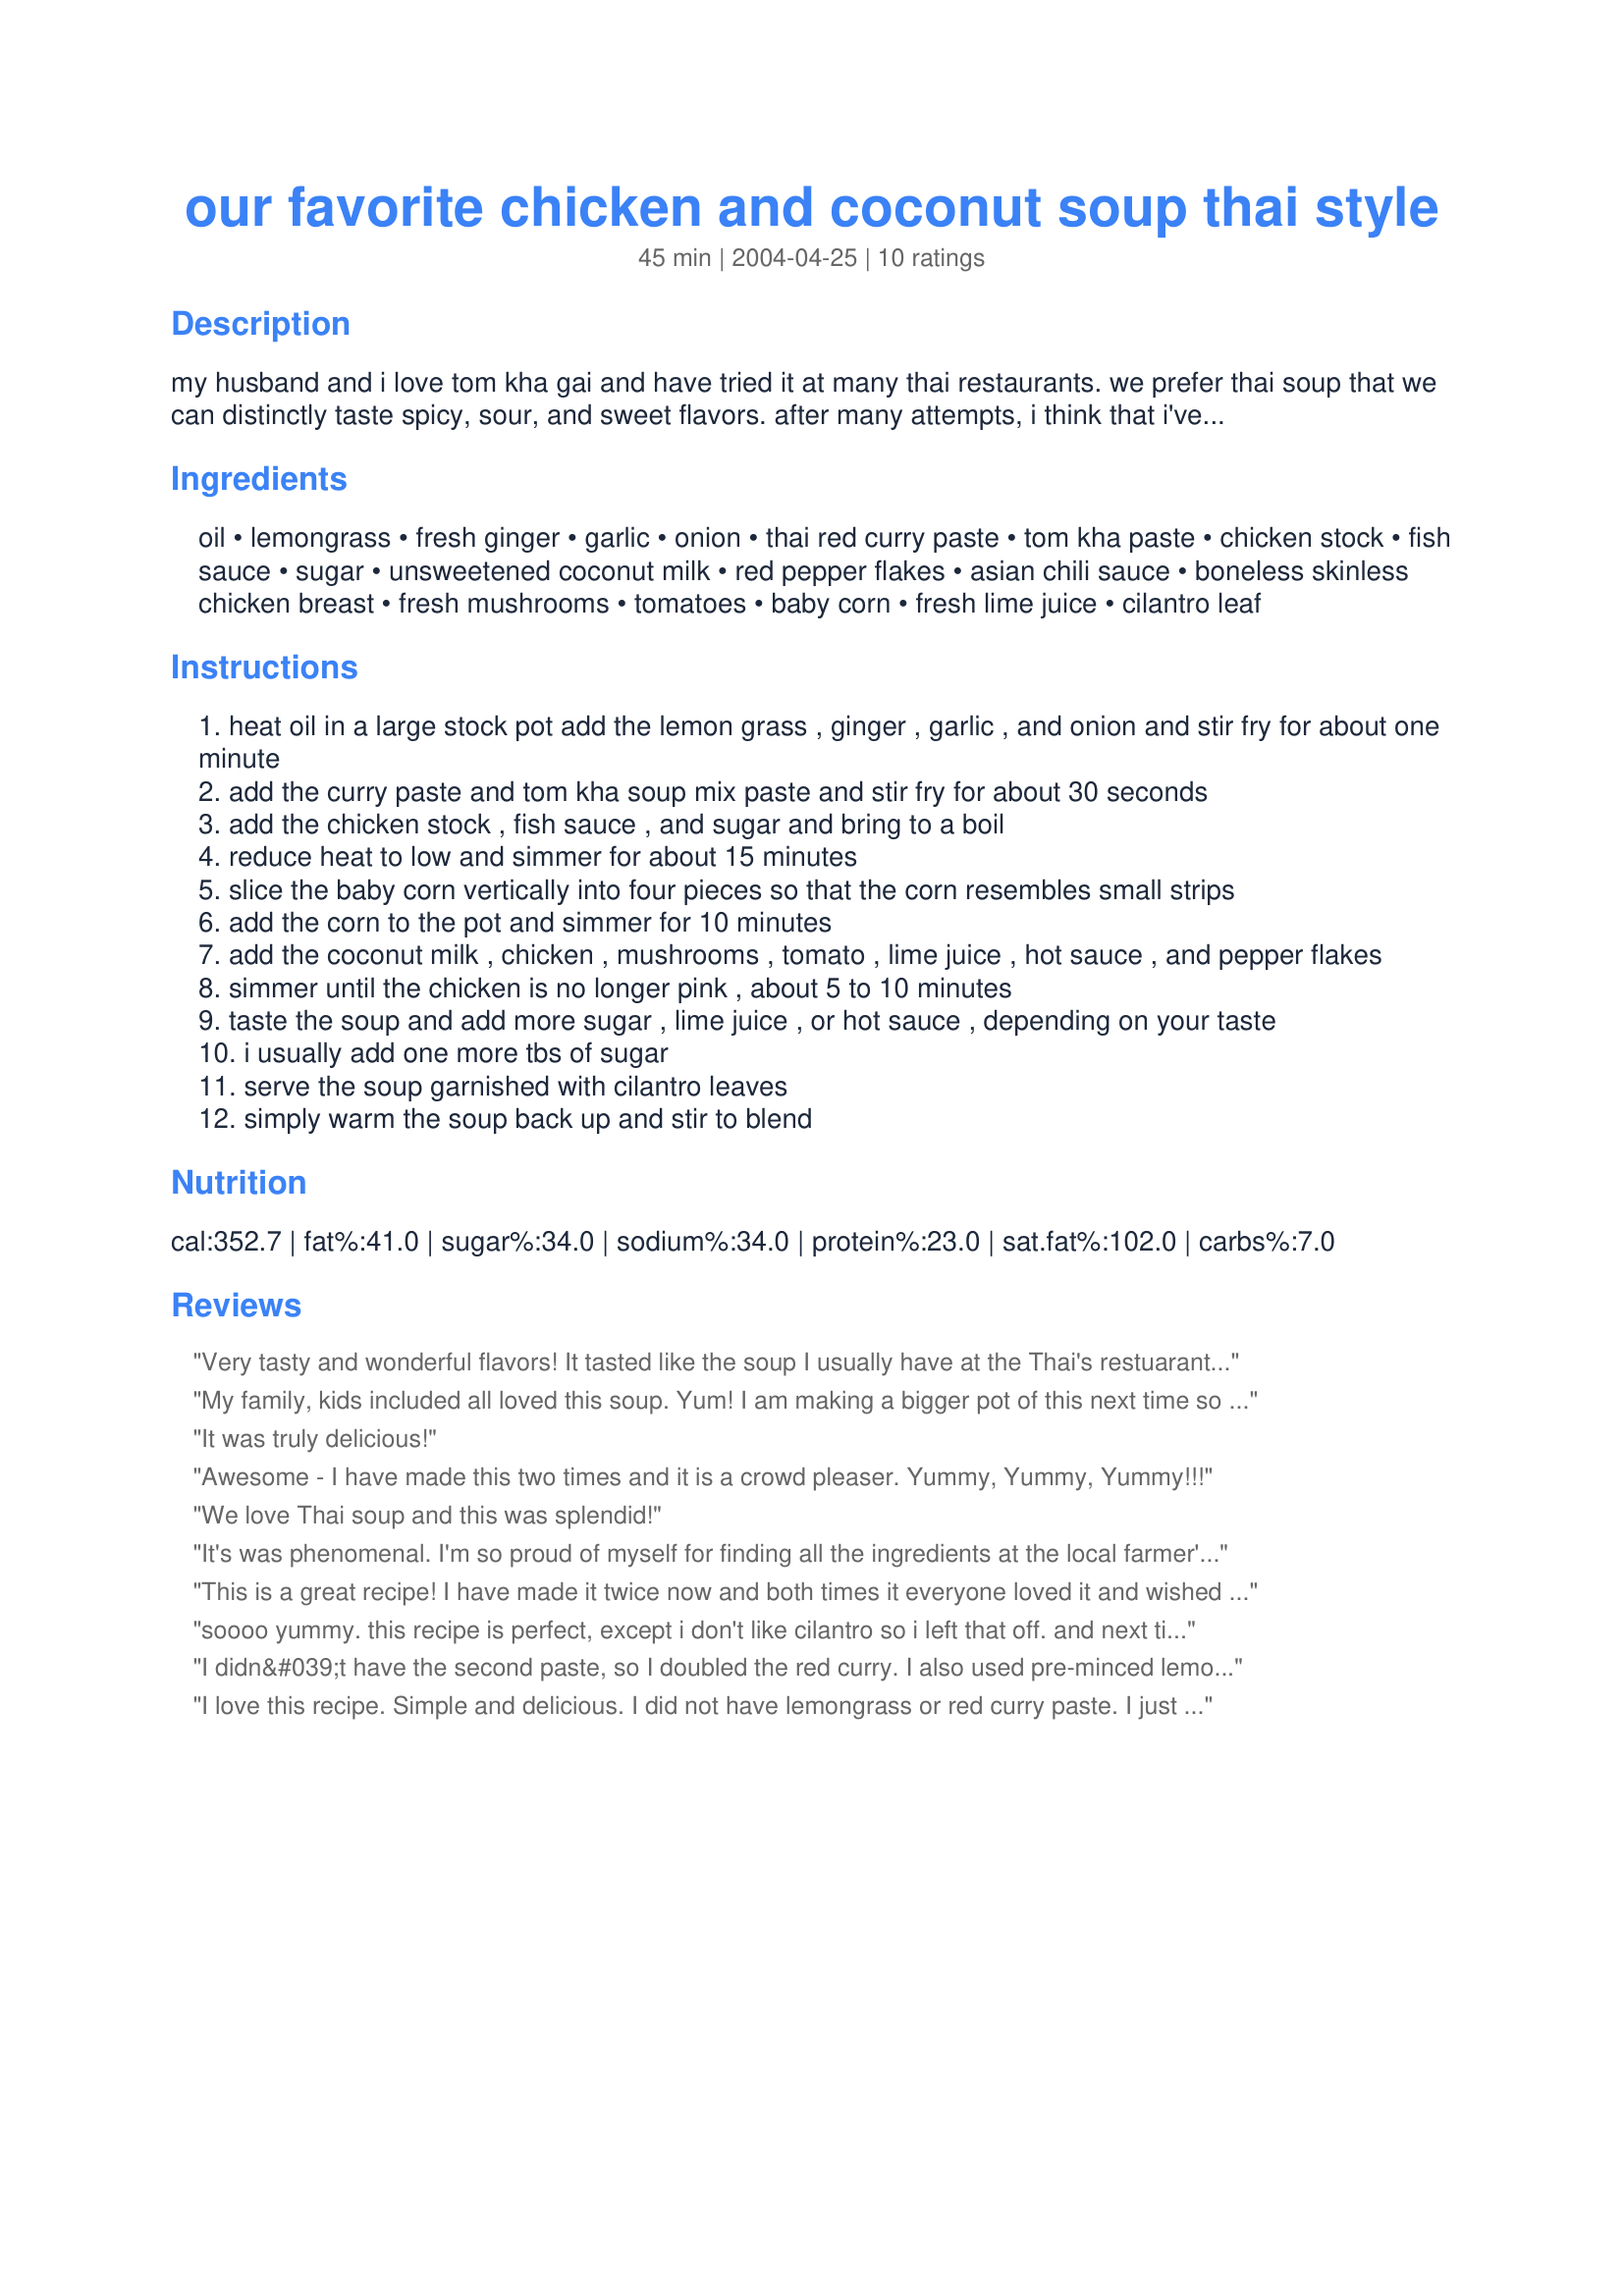
our favorite chicken and coconut soup thai style
Preparation time: 45 minutes

my husband and i love tom kha gai and have tried it at many thai restaurants. we prefer thai soup that we can distinctly taste spicy, sour, and sweet flavors. after many attempts, i think that i've finally come up with a really good recipe. i started with a recipe from the

Ingredients:
oil, lemongrass, fresh ginger, garlic, onion, thai red curry paste, tom kha paste, chicken stock, fish sauce, sugar, unsweetened coconut milk, red pepper flakes, asian chili sauce, boneless skinless chicken breast, fresh mushrooms, tomatoes, baby corn, fresh lime juice, cilantro leaf

Steps:
heat oil in a large stock pot add the lemon grass , ginger , garlic , and onion and stir fry for about one minute
add the curry paste and tom kha soup mix paste and stir fry for about 30 seconds
add the chicken stock , fish sauce , and sugar and bring to a boil
reduce heat to low and simmer for about 15 minutes
slice the baby corn vertically into four pieces so that the corn resembles small strips
add the corn to the pot and simmer for 10 minutes
add the coconut milk , chicken , mushrooms , tomato , lime juice , hot sauce , and pepper flakes
simmer until the chicken is no longer pink , about 5 to 10 minutes
taste the soup and add more sugar , lime juice , or hot sauce , depending on your taste
i usually add one more tbs of sugar
serve the soup garnished with cilantro leaves
simply warm the soup back up and stir to blend

Reviews:
Very tasty and wonderful flavors! It tasted like the soup I usually have at the Thai's restuarants. I followed everything as stated except: I did not minced the lemongrass(it was too hard), and I left out the tomatoes. I cut the lemongrass stalk in fourth so it was easily fish out. I had a difficult time attempting to mince the lemongrass so I just gave up. The receipt was very easy to follow. I had a lot of the ingredients on hand so it was effortless to cook them. It would be a challenge to find the ingredients if you don't live near an Asian grocery store. Thank you for sharing your receipt.
My family, kids included all loved this soup. Yum! I am making a bigger pot of this next time so there will be some left over for my lunch.

Even though I couldn't find the tom kha paste, tom yum paste or thai red curry the soup still had a great flavor. I also left our the baby corn(too expensive here) and tomato (so all the kids would eat it.) I served my portion piping hot over a bowl full of fresh spinach. It was delicious. We will be making this often. Thanks beckas.
It was truly delicious!
Awesome - I have made this two times and it is a crowd pleaser. Yummy, Yummy, Yummy!!!
We love Thai soup and this was splendid!
It's was phenomenal. I'm so proud of myself for finding all the ingredients at the local farmer's market! Everyone gave me a "High Five" for serving this for dinner. Wonderful recipe, indeed!
This is a great recipe! I have made it twice now and both times it everyone loved it and wished there had been more. It tastes so similar to our favorite soup at a Thai restaurant here in Christchurch. One thing to note: coconut milk and coconut cream are not the same thing, make sure you are getting the milk. Also dont skimp on the vegetables and the lemongrass and lime...soooo delicious.
soooo yummy. this recipe is perfect, except i don't like cilantro so i left that off. and next time i make it i will also skip the tomatoes. but beckas is right that extra tablespoon of sugar is quite essential. thank you for sharing this!!
I didn&#039;t have the second paste, so I doubled the red curry. I also used pre-minced lemongrass as my grocery store didn&#039;t have any fresh. This was AMAZING!!! I served it over rice noodles. Next time, I want to triple it! I could eat this for a whole week in the winter.
I love this recipe. Simple and delicious. I did not have lemongrass or red curry paste. I just sauted the fresh ginger, garlic and minced the onion and added curry powder. I also did not have any vegatables. The broth is to die for and I used shrimp the second time and I liked it much better than the chicken. Delicioso!
